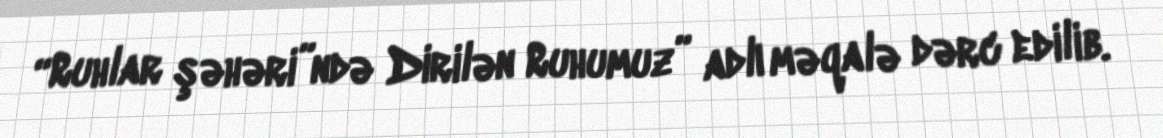
“Ruhlar şəhəri”ndə Dirilən Ruhumuz” adlı məqalə dərc edilib.